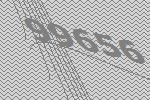
99656